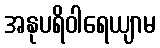
အနုပရိဝါရေယျာမ